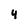
Character: 4